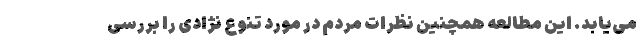
می‌یابد. این مطالعه همچنین نظرات مردم در مورد تنوع نژادی را بررسی